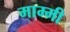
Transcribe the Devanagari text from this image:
माम्मी